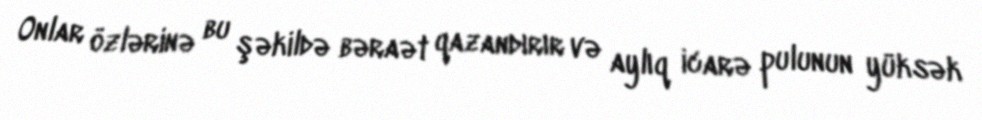
Onlar özlərinə bu şəkildə bəraət qazandırır və aylıq icarə pulunun yüksək